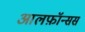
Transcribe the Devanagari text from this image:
आलफ़ॉन्सस